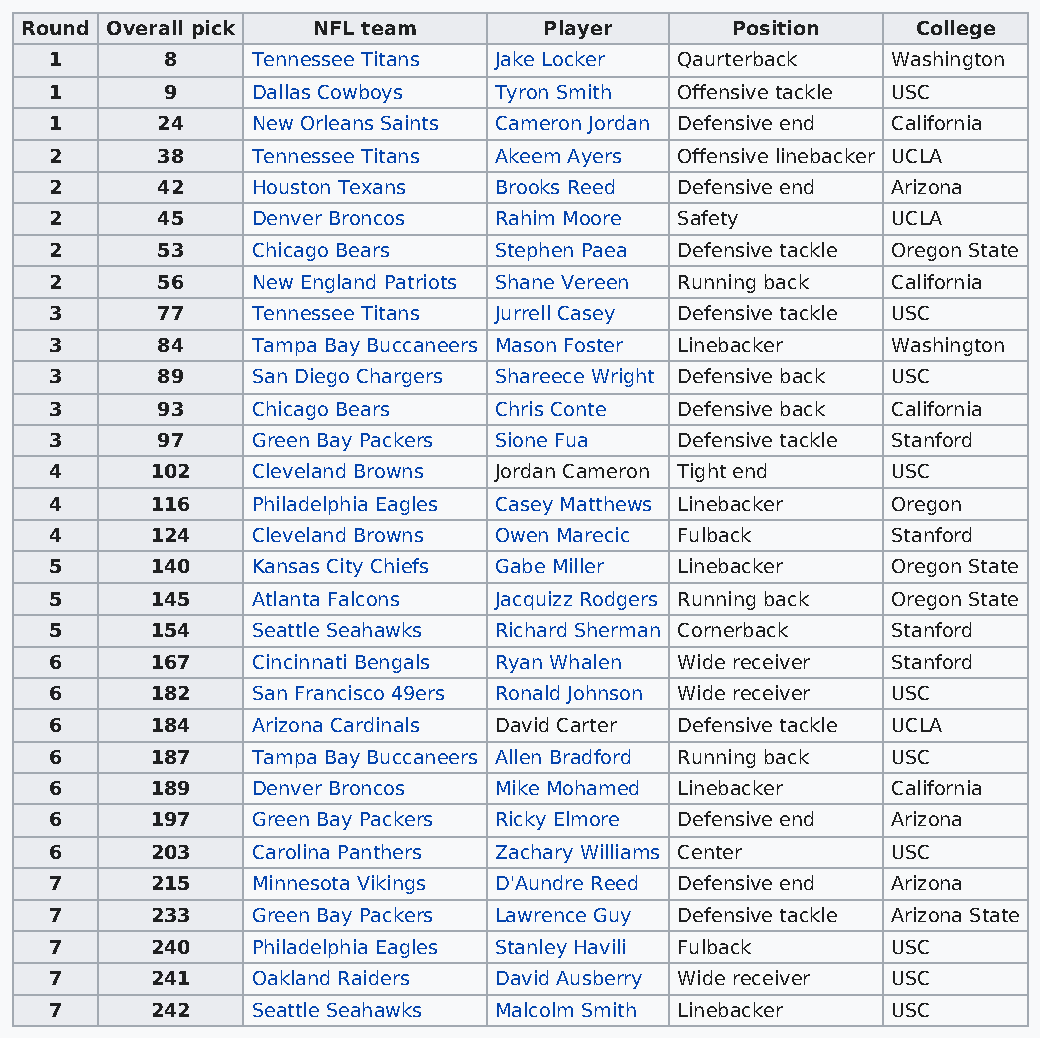
Round Overall pick  NFL team       Player      Position     College
 1       8     Tennessee Titans Jake Locker Qaurterback  Washington
 1       9     Dallas Cowboys  Tyron Smith Offensive tackle USC
 1      24     New Orleans Saints Cameron Jordan Defensive end California
 2      38     Tennessee Titans Akeem Ayers Offensive linebacker UCLA
 2      42     Houston Texans  Brooks Reed Defensive end Arizona
 2      45     Denver Broncos  Rahim Moore Safety        UCLA
 2      53     Chicago Bears   Stephen Paea Defensive tackle Oregon State
 2      56     New England Patriots Shane Vereen Running back California
 3      77     Tennessee Titans Jurrell Casey Defensive tackle USC
 3      84     Tampa Bay Buccaneers Mason Foster Linebacker Washington
 3      89     San Diego Chargers Shareece Wright Defensive back USC
 3      93     Chicago Bears   Chris Conte Defensive back California
 3      97     Green Bay Packers Sione Fua Defensive tackle Stanford
 4      102    Cleveland Browns Jordan Cameron Tight end USC
 4      116    Philadelphia Eagles Casey Matthews Linebacker Oregon
 4      124    Cleveland Browns Owen Marecic Fulback     Stanford
 5      140    Kansas City Chiefs Gabe Miller Linebacker Oregon State
 5      145    Atlanta Falcons Jacquizz Rodgers Running back Oregon State
 5      154    Seattle Seahawks Richard Sherman Cornerback Stanford
 6      167    Cincinnati Bengals Ryan Whalen Wide receiver Stanford
 6      182    San Francisco 49ers Ronald Johnson Wide receiver USC
 6      184    Arizona Cardinals David Carter Defensive tackle UCLA
 6      187    Tampa Bay Buccaneers Allen Bradford Running back USC
 6      189    Denver Broncos  Mike Mohamed Linebacker   California
 6      197    Green Bay Packers Ricky Elmore Defensive end Arizona
 6      203    Carolina Panthers Zachary Williams Center USC
 7      215    Minnesota Vikings D'Aundre Reed Defensive end Arizona
 7      233    Green Bay Packers Lawrence Guy Defensive tackle Arizona State
 7      240    Philadelphia Eagles Stanley Havili Fulback USC
 7      241    Oakland Raiders David Ausberry Wide receiver USC
 7      242    Seattle Seahawks Malcolm Smith Linebacker USC